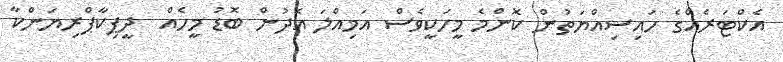
އެކްޓަރެއްގެ ހައިސިއްޔަތުން ކޮންމެ މީހަކީވެސް އަމިއްލަ އެދުން ބޮޑު މީހެއް  ދީޕިކާޕްރިޔަންކާ